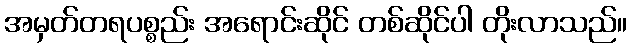
အမှတ်တရပစ္စည်း အရောင်းဆိုင် တစ်ဆိုင်ပါ တိုးလာသည်။